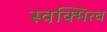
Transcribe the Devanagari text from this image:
स्वक्मित्व